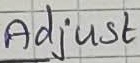
Text: Adjust